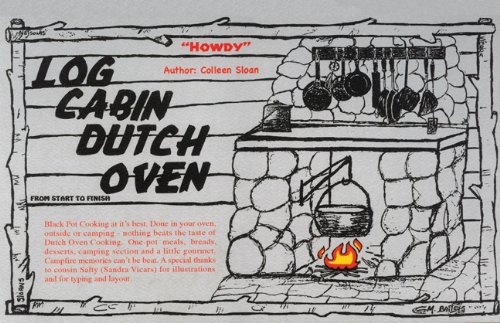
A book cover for Log Cabin Dutch Oven; Colleen Sloan; Cookbooks, Food & Wine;